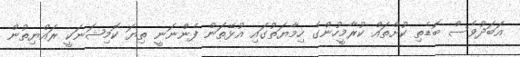
އަބަދުވެސް ބޮޑެތި ކުށްތައް ކުރާމީހުންގެ ހިމާޔަތުގައި އުޅޭތަން ފެންނަނީ ތިޔަ ކޮމިޝަނަކީ ރައްޔިތުން